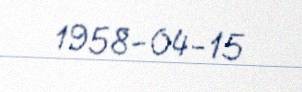
1958-04-15